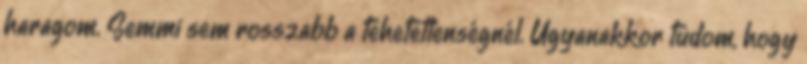
haragom. Semmi sem rosszabb a tehetetlenségnél. Ugyanakkor tudom, hogy